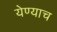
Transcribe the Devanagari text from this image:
येण्याच